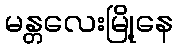
မန္တလေးမြို့နေ